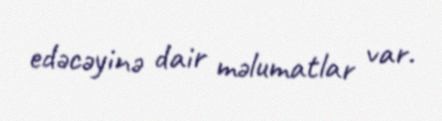
edəcəyinə dair məlumatlar var.